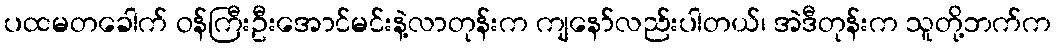
ပထမတခေါက် ဝန်ကြီးဦးအောင်မင်းနဲ့လာတုန်းက ကျနော်လည်းပါတယ်၊ အဲဒီတုန်းက သူတို့ဘက်က